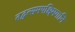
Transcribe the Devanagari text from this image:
तद्वत्समपश्चिमगानि